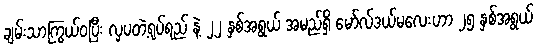
ချမ်းသာကြွယ်ဝပြီး လှပတဲ့ရုပ်ရည် နဲ့ ၂၂ နှစ်အရွယ် အမည်ရှိ မော်လ်ဒယ်မလေးဟာ ၂၅ နှစ်အရွယ်